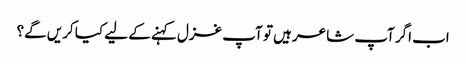
اب اگر آپ شاعر ہیں تو آپ غزل کہنے کے لیے کیا کریں گے؟